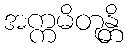
အက္ကမိတုန္တိ